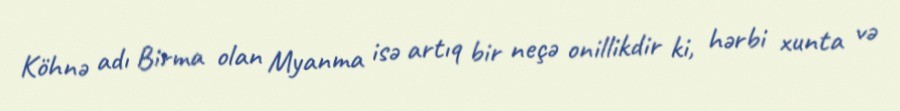
Köhnə adı Birma olan Myanma isə artıq bir neçə onillikdir ki, hərbi xunta və